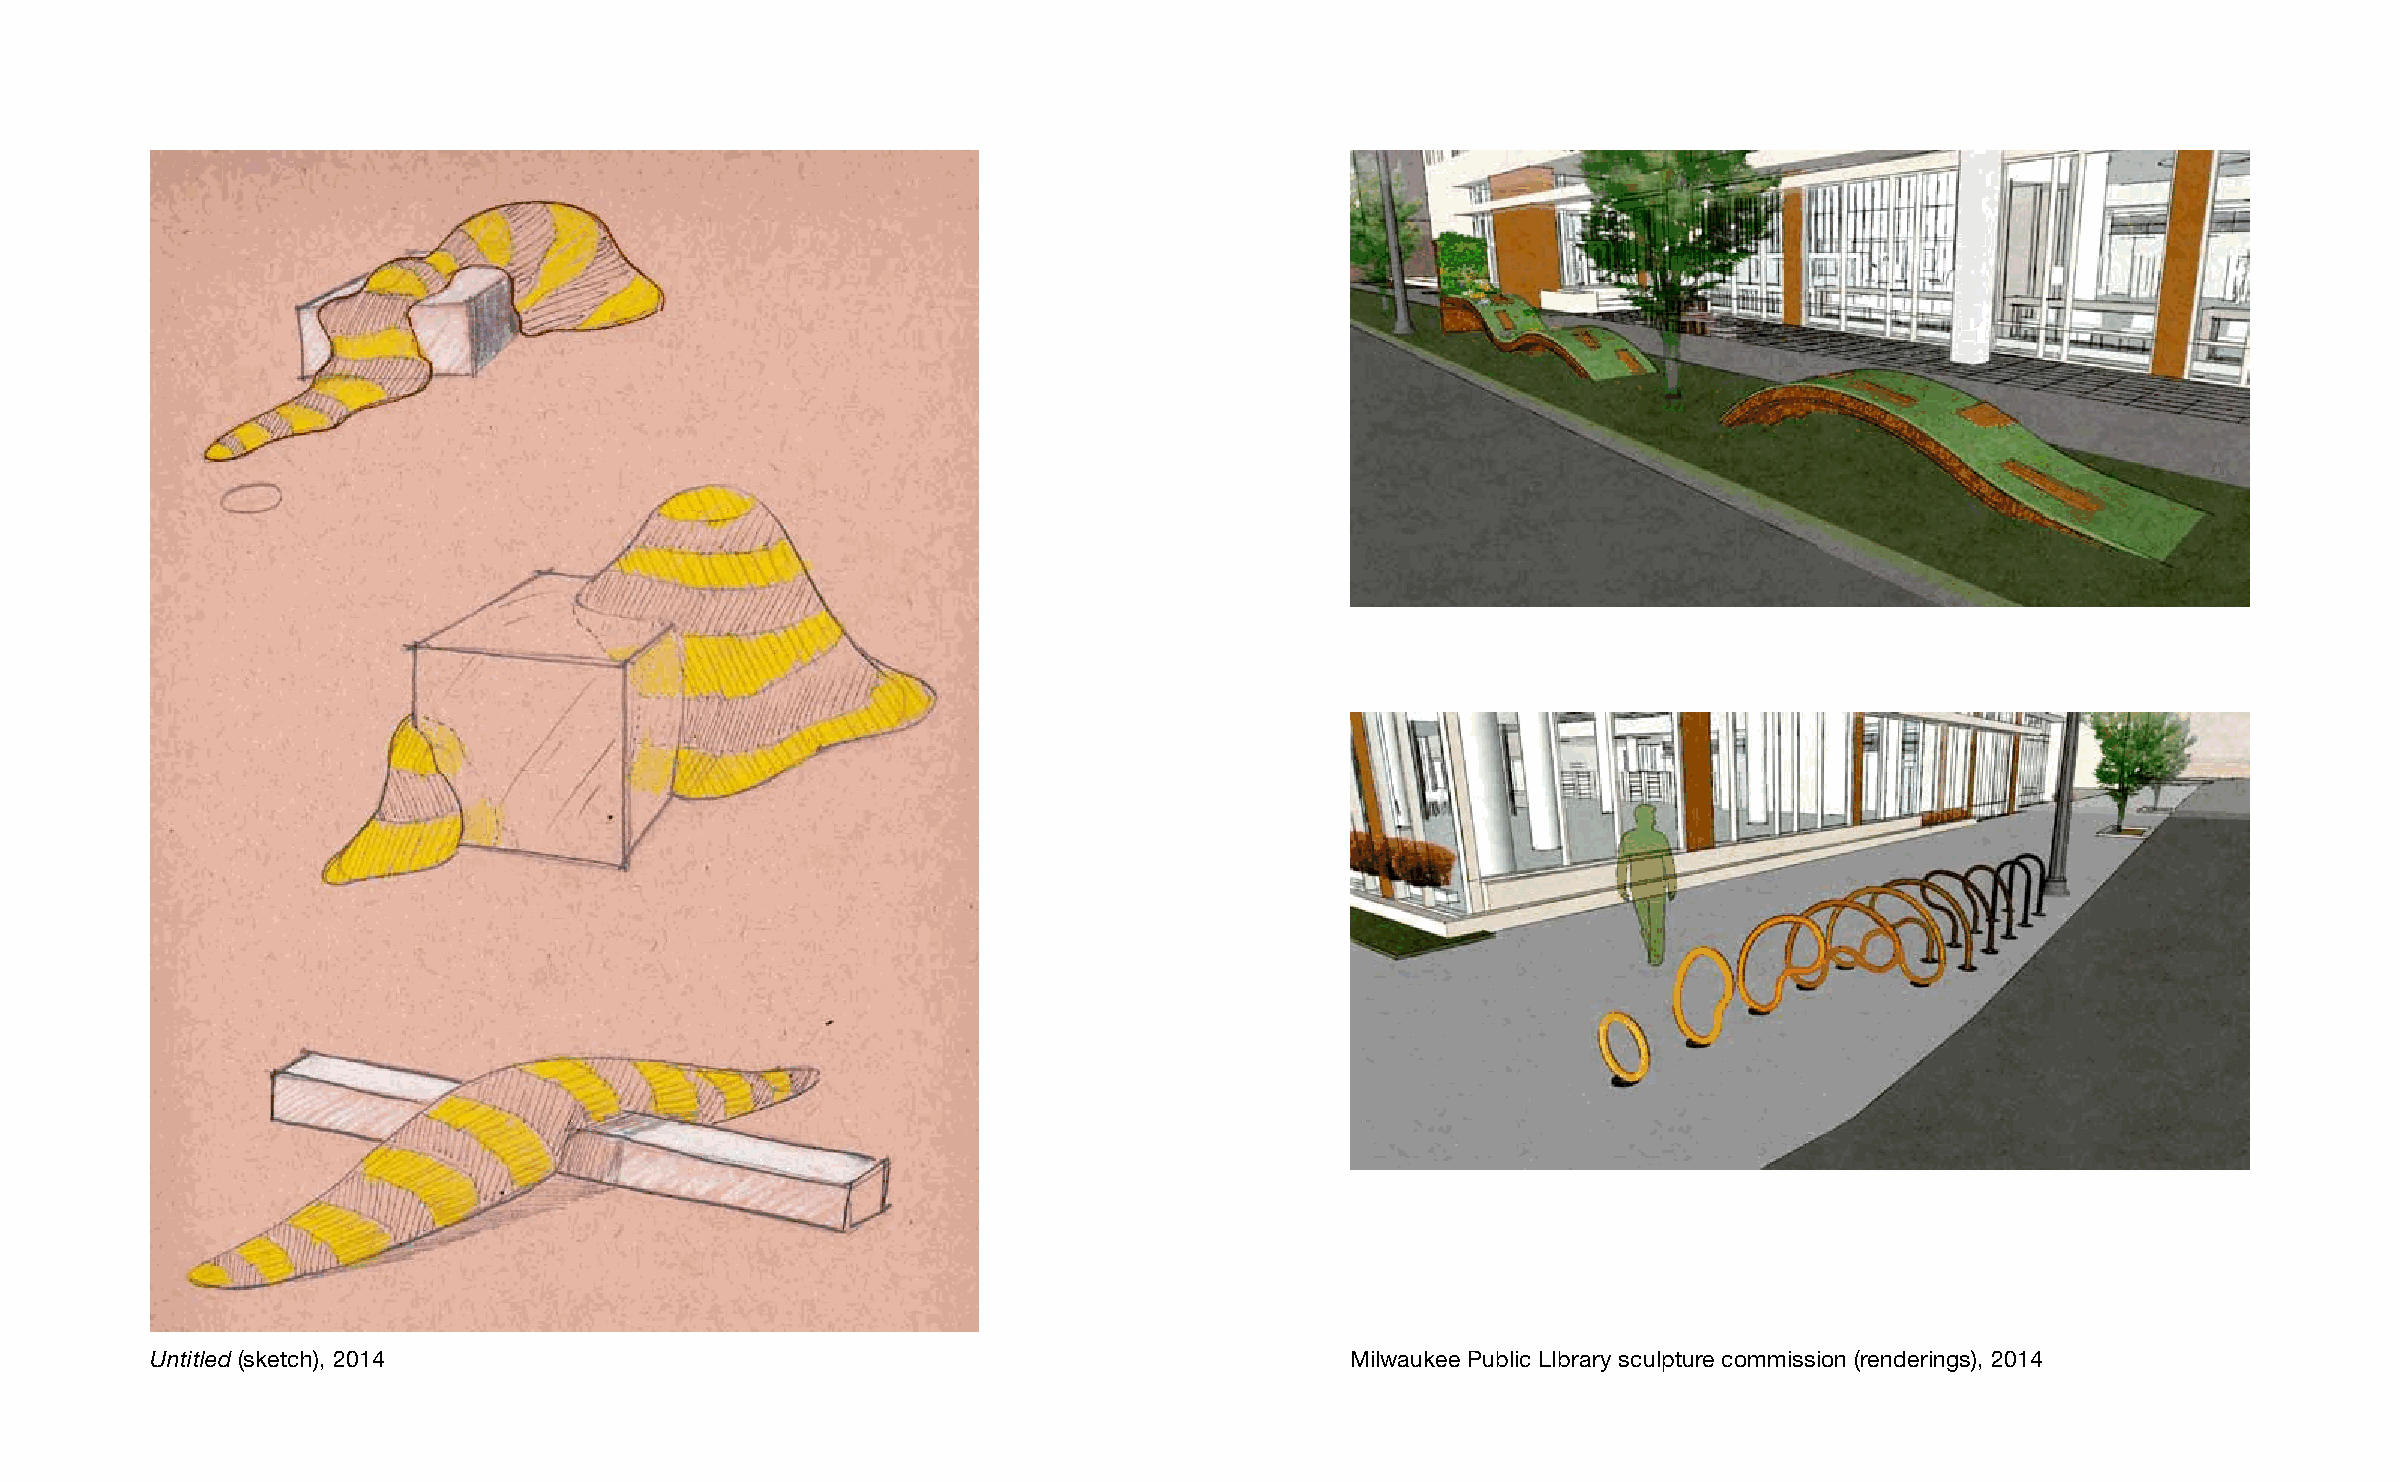
Untitled (sketch), 2014                                                        Milwaukee Public LIbrary sculpture commission (renderings), 2014